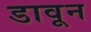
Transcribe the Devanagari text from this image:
डावून